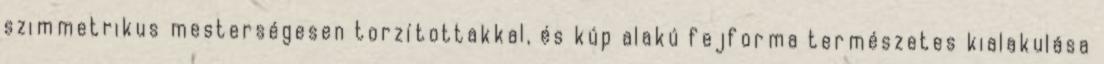
szimmetrikus mesterségesen torzítottakkal, és kúp alakú fejforma természetes kialakulása